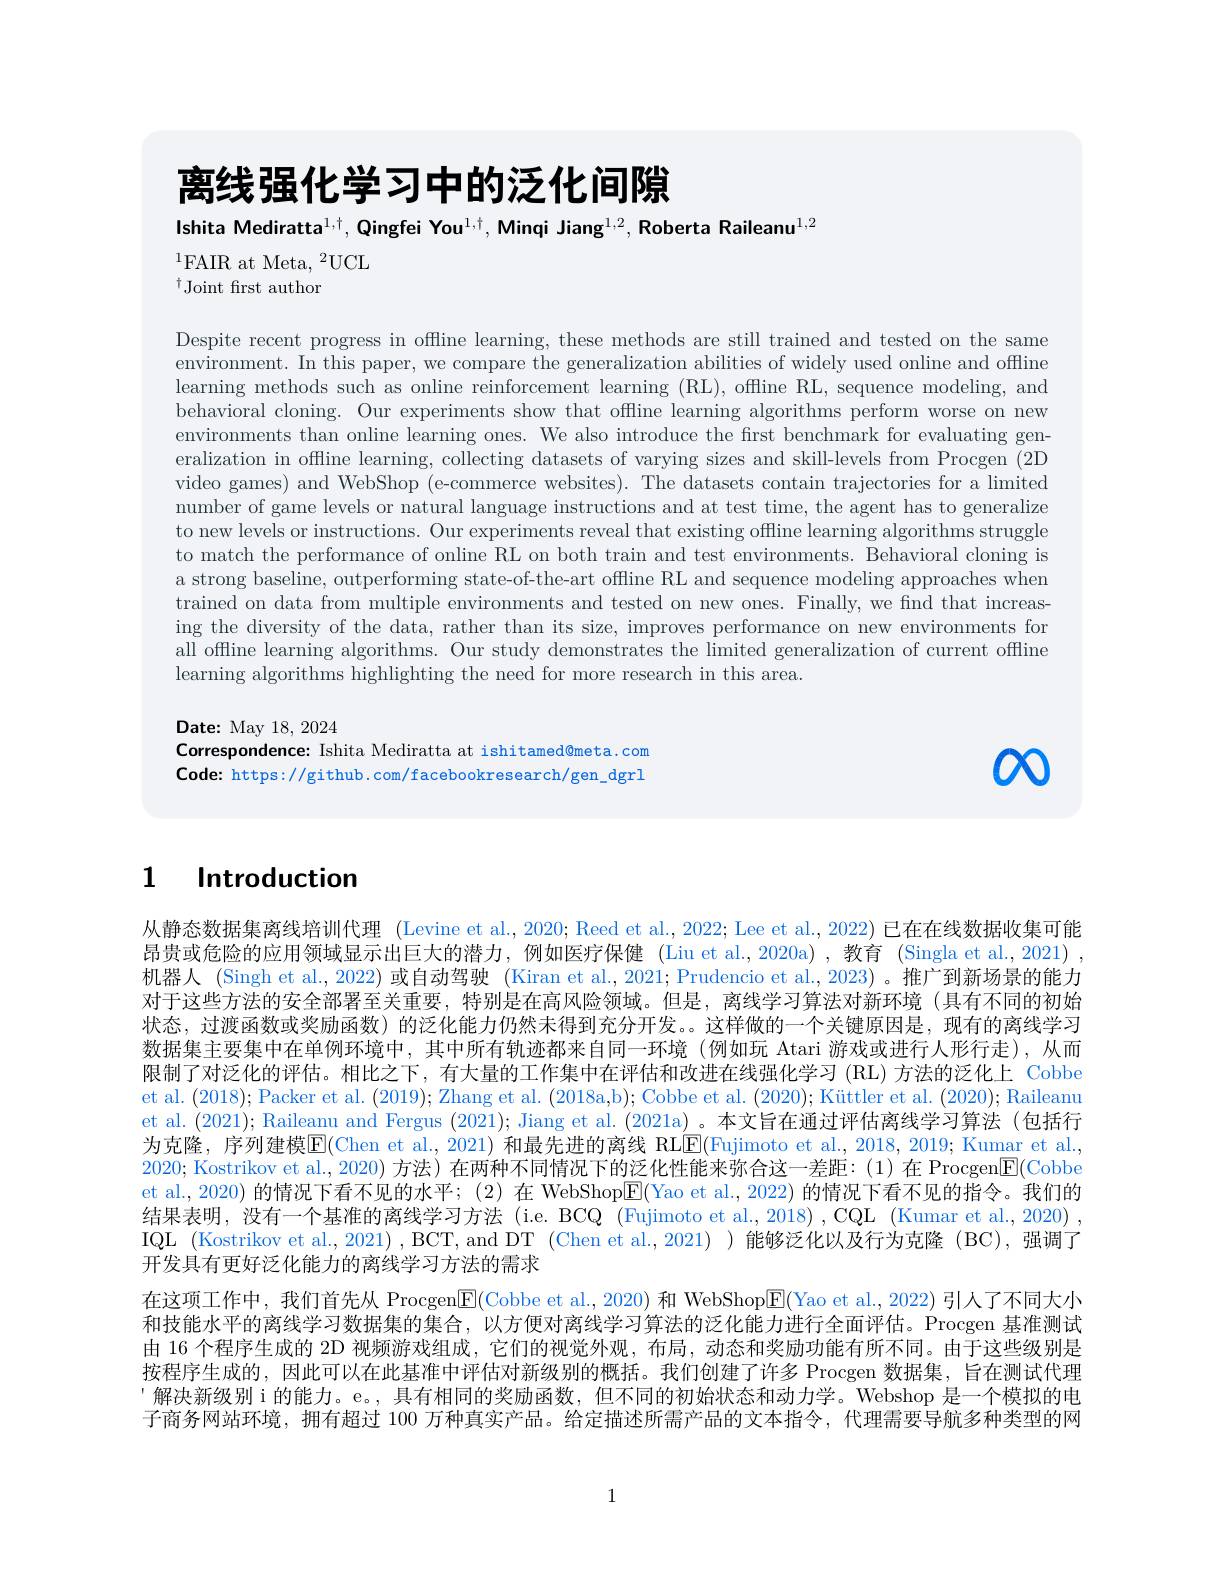
离线强化学习中的泛化间隙

Ishita Mediratta$^1,\dagger,\textbf{QingfeiYou}^{1,\dagger}$,Minqi Jiang$^{1,2},\textbf{RobertaRaileanu}^{1,2}$
$^{1}$FAIR at Meta,$^2$UCL
$^{\dagger}$Joint frst author

Despite recent progress in offline learning, these methods are still trained and tested on the same $\hat{\text{environment. In this paper, we compare the generalization abilities of widely used online and offline}}$ learning methods such as online reinforcement learning ( RL) , offline RL, sequence modeling, and behavioral cloning. Our experiments show that offline learning algorithms perform worse on new environments than online learning ones. We also introduce the first benchmark for evaluating generalization in offline learning, collecting datasets of varying sizes and skill-levels from Procgen (2D video games) and WebShop (e-commerce websites). The datasets contain trajectories for a limited number of game levels or natural language instructions and at test time, the agent has to generalize to new levels or instructions. Our experiments reveal that existing offline learning algorithms struggle to match the performance of online RL on both train and test environments. Behavioral cloning is a strong baseline, outperforming state-of-the-art offline RL and sequence modeling approaches when trained on data from multiple environments and tested on new ones. Finally, we find that increasing the diversity of the data, rather than its size, improves performance on new environments for all offline learning algorithms. Our study demonstrates the limited generalization of current offline learning algorithms highlighting the need for more research in this area.

Date: May 18, 2024
Correspondence: Ishita Mediratta at ishitamed@meta.com Code: https://github.com/facebookresearch/gen\_dgrl

00

## $\textbf{1}$ Introduction

从静态数据集离线培训代理 (Levine et al.,2020; Reed et al.,2022; Lee et al., 2022) 已在在线数据收集可能昂贵或危险的应用领域显示出巨大的潜力，例如医疗保健 (Liu et al.,2020a),教育 (Singla et al.,2021) , 机器人 (Singh et al., 2022) 或自动驾驶 (Kiran et al., 2021; Prudencio et al., 2023) 。推广到新场景的能力对于这些方法的安全部署至关重要，特别是在高风险领域。但是，离线学习算法对新环境(具有不同的初始状态，过渡函数或奖励函数)的泛化能力仍然未得到充分开发。这样做的一个关键原因是，现有的离线学习数据集主要集中在单例环境中，其中所有轨迹都来自同一环境 (例如玩 Atari 游戏或进行人形行走),从而限制了对泛化的评估。相比之下，有大量的工作集中在评估和改进在线强化学习 (RL)方法的泛化上 Cobbe et al. (2018);Packer et al. (2019); Zhang et al. (2018a,b); Cobbe et al. (2020); Küttler et al. (2020); Raileanu et al. (2021); Raileanu and Fergus (2021); Jiang et al. (2021a)。本文旨在通过评估离线学习算法 (包括行为克隆，序列建模$\overline{\mathrm{E}}($Chen et al., 2021) 和最先进的离线 RL$\underline{\mathrm{E}}($Fujimoto et al., 2018, 2019; Kumar et al., 2020; Kostrikov et al., 2020) 方法) 在两种不同情况下的泛化性能来弥合这一差距：(1) 在 Procgen$\boxed{\mathrm{F}}($Cobbe et al., 2020) 的情况下看不见的水平；(2)在 WebShopE(Yao et al., 2022) 的情况下看不见的指令。我们的结果表明，没有一个基准的离线学习方法 (i.e. BCQ (Fujimoto et al., 2018) , CQL (Kumar et al., 2020) , IQL (Kostrikov et al., 2021) , BCT, and DT (Chen et al.,2021) )能够泛化以及行为克隆 (BC),强调了开发具有更好泛化能力的离线学习方法的需求
在这项工作中，我们首先从 Procgen$\boxed{\mathrm{E}}($Cobbe et al., 2020) 和 WebShop$\boxed{\mathrm{F}}($Yao et al., 2022) 引人了不同大小和技能水平的离线学习数据集的集合，以方便对离线学习算法的泛化能力进行全面评估。Procgen 基准测试由 16 个程序生成的 2D 视频游戏组成，它们的视觉外观，布局，动态和奖励功能有所不同。由于这些级别是按程序生成的，因此可以在此基准中评估对新级别的概括。我们创建了许多 Procgen 数据集，旨在测试代理解决新级别 i 的能力。e。, 具有相同的奖励函数，但不同的初始状态和动力学。Webshop 是一个模拟的电子商务网站环境，拥有超过 100 万种真实产品。给定描述所需产品的文本指令，代理需要导航多种类型的网

1